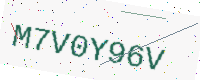
Text: M7V0Y96V